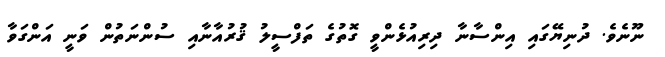
ނޫނެވެ. ދުނިޔޭގައި އިންސާނާ ދިރިއުޅެންވީ ގޮތުގެ ތަފްސީލު ޤުރުއާނާއި ސުންނަތުން ވަނީ އަންގަވާ